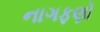
નાગફણો